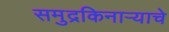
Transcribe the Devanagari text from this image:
समुद्रकिनाऱ्याचे